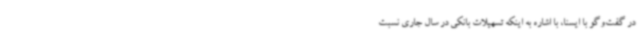
در گفت‌وگو با ایسنا، با اشاره به اینکه تسهیلات بانکی در سال جاری نسبت